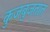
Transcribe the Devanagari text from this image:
कुजबुजतात